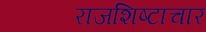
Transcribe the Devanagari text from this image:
राजशिष्टाचार